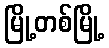
မြို့တစ်မြို့